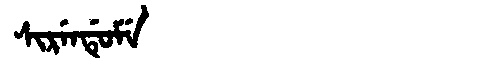
Manchu: ᠰᡳᡵᡝᠨᡩᡠᠮᡝ
Romanization: SIRENDUME